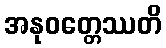
အနုဝတ္တေဿတိ